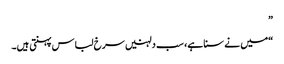
”
“میں نے سنا ہے، سب دلہنیں سرخ لباس پہنتی ہیں۔